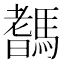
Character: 𩥞